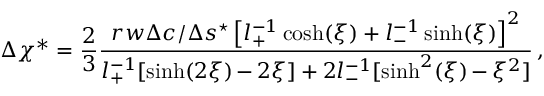
\Delta \chi ^ { * } = \frac { 2 } { 3 } \frac { r w \Delta c / \Delta s ^ { \star } \left[ l _ { + } ^ { - 1 } \cosh ( \xi ) + l _ { - } ^ { - 1 } \sinh ( \xi ) \right] ^ { 2 } } { l _ { + } ^ { - 1 } [ \sinh ( 2 \xi ) \, { - } \, 2 \xi ] + 2 l _ { - } ^ { - 1 } [ \sinh ^ { 2 } ( \xi ) \, { - } \, \xi ^ { 2 } ] } \, ,